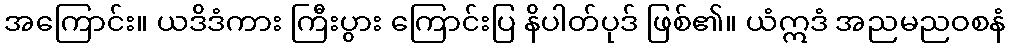
အကြောင်း။ ယဒိဒံကား ကြီးပွား ကြောင်းပြ နိပါတ်ပုဒ် ဖြစ်၏။ ယံဣဒံ အညမညဝစနံ